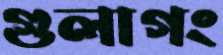
গুলাগং